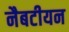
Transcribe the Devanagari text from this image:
नैबटीयन